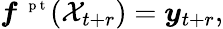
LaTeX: \boldsymbol f^{\mathrm{~\scriptsize~p~t~}}(\mathcal X_{t+r})=\boldsymbol y_{t+r},